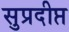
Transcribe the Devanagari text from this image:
सुप्रदीप्त